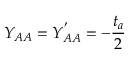
Y _ { A A } = Y _ { A A } ^ { ' } = - \frac { t _ { a } } { 2 }